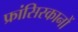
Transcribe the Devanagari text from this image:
फ्रांसिस्कानों